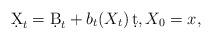
LaTeX: \begin{align*} \d X_t= \d B_t+ b_t(X_t) \,\d t,X_0=x, \end{align*}